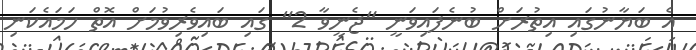
އެ ބަޔާނުގައި އިތުރަށް ބުނެފައިވަނީ "ޖެނީވާ 2" ގައި ބައިވެރިވުމަށް އޮތް ހަމައެކަނި